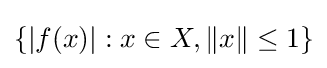
\{|f(x)|:x\in X,\|x\|\leq 1\}